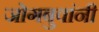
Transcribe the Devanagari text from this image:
जोगबुवांनी